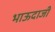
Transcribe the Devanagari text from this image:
भाऊदाजी